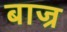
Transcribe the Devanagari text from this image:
बाज्र